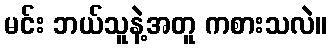
မင်း ဘယ်သူနဲ့အတူ ကစားသလဲ။